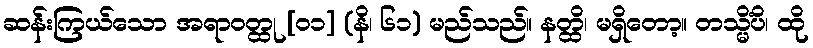
ဆန်းကြယ်သော အရာဝတ္ထု [၀၁] (နိ၊ ၆၁) မည်သည်။ နတ္ထိ၊ မရှိတော့။ တသ္မိံပိ၊ ထို